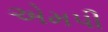
એમપી